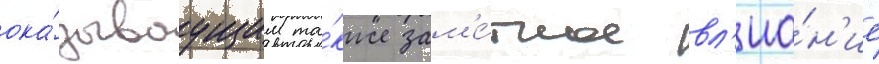
ока́зываущим та́кже зам'е́тное вл'иа́н'ие